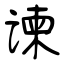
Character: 谏